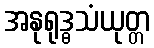
အနုရုဒ္ဓသံယုတ္တ